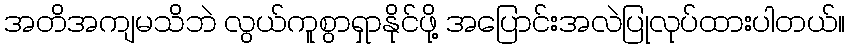
အတိအကျမသိဘဲ လွယ်ကူစွာရှာနိုင်ဖို့ အပြောင်းအလဲပြုလုပ်ထားပါတယ်။